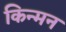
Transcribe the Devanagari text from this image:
किन्मन